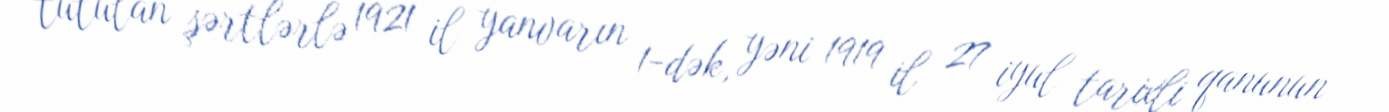
tutulan şərtlərlə 1921 il yanvarın 1-dək, yəni 1919 il 27 iyul tarixli qanunun